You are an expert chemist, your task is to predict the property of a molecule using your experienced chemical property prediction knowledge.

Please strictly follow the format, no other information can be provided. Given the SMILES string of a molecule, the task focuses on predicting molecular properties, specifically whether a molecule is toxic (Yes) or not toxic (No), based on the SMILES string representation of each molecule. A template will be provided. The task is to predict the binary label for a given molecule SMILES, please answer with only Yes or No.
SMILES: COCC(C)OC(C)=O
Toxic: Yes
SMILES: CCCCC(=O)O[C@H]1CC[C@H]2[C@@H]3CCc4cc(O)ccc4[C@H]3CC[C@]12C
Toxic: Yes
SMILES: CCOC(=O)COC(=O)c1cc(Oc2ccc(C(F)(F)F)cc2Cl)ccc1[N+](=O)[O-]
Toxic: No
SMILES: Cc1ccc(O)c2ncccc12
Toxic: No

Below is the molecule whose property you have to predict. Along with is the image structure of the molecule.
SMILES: Nc1ccc(O)c(N)c1
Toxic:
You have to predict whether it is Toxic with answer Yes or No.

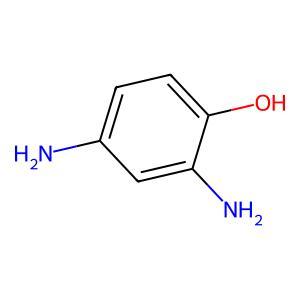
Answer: No